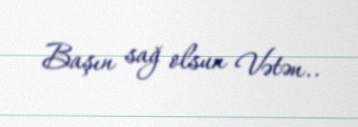
Başın sağ olsun Vətən..